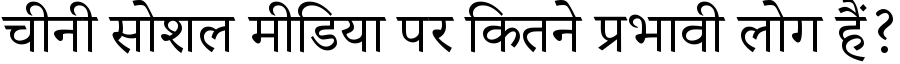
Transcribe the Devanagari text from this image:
चीनी सोशल मीडिया पर कितने प्रभावी लोग हैं?